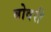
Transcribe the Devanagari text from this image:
बोवरी